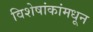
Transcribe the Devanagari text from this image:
विशेषांकांमधून